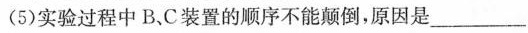
(5)实验过程中B，C装置的顺序不能颠倒，原因是___